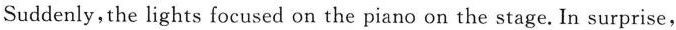
Suddenly，the lights focused on the piano on the stage. In surprise，